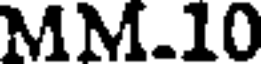
MM.10